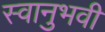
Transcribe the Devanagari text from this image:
स्वानुभवी